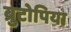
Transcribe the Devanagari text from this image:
ब्रुटोपिया